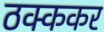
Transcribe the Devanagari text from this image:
ठक्ककर